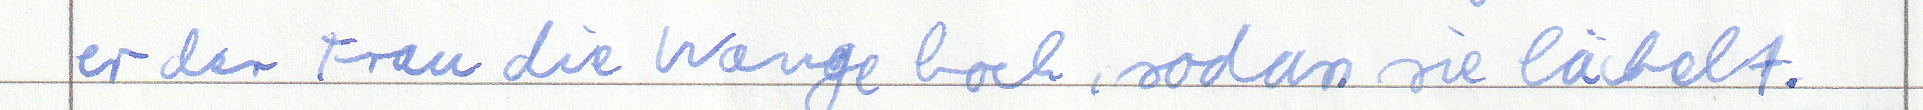
er der Frau die Wange hoch, sodass sie lächelt.